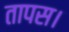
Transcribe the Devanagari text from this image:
तापस।